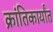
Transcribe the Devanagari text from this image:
क्रांतिकार्यांत